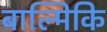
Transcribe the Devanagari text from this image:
बाल्मिकि